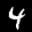
Label: 4